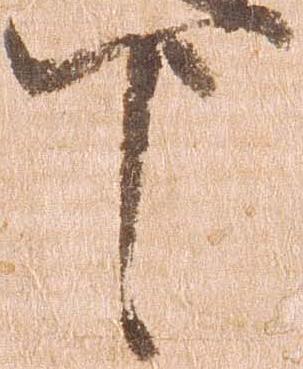
下